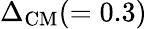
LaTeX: \Delta_{\mathrm{CM}}(=0.3)